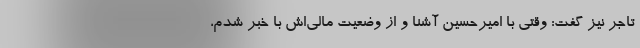
تاجر نیز گفت: وقتی با امیرحسین آشنا و از وضعیت مالی‌اش با خبر شدم،